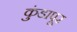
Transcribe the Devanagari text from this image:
कुंडापूर